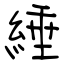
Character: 綞